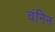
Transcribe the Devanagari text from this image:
चंनिन